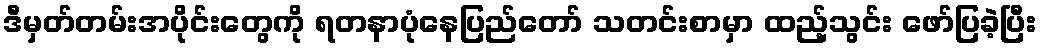
ဒီမှတ်တမ်းအပိုင်းတွေကို ရတနာပုံနေပြည်တော် သတင်းစာမှာ ထည့်သွင်း ဖော်ပြခဲ့ပြီး